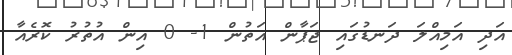
އަދި އަމިއްލަ ދަނޑުގައި ޖަޕާން އަތުން 1- 0 އިން އުތުރު ކޮރެއާ